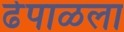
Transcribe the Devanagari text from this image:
ढेपाळला